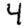
Digit: 4